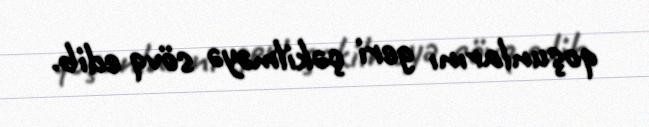
qoşunlarını geri çəkilməyə sövq edib.